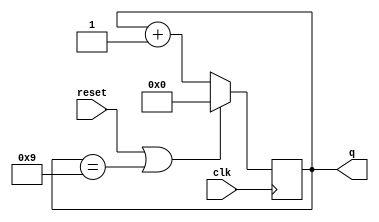
module decade_counter (
    input clk,
    input reset,        // Synchronous active-high reset
    output [3:0] q);

    always @(posedge clk) begin 
        if (reset | (q == 9)) 
            q <= 0;
        else 
            q <= q + 1;
    end
endmodule